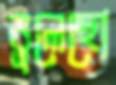
ভুলেছো